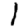
Digit: 1